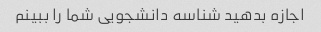
اجازه بدهید شناسه دانشجویی شما را ببینم